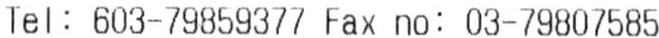
TEL: 603-79859377 FAX NO: 03-79807585